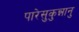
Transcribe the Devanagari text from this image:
पारेसुकुन्नानु